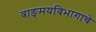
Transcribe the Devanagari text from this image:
वाङ्‌मयविभागाचे